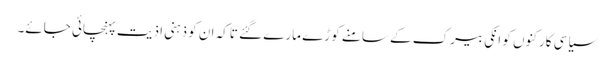
سیاسی کارکنوں کو انکی بیرک کے سامنے کوڑے مارے گئے تاکہ ان کو ذہنی اذیت پہنچائی جائے۔